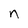
Character: n